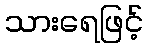
သားရေဖြင့်